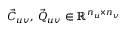
\vec { C } _ { u v } , \, \vec { Q } _ { u v } \in \mathbb R ^ { n _ { u } \times n _ { v } }